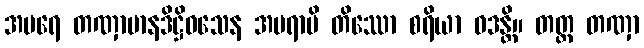
အပရေ တဏှာမာနဒိဋ္ဌိဝသေန အပရာပိ တိဿော စရိယာ ဝဒန္တိ။ တတ္ထ တဏှာ